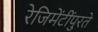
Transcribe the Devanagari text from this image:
रेजिमेंटींपुरते